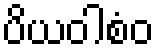
ပိယဝါစံဝ